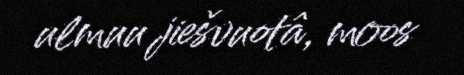
ulmuu jiešvuotâ, moos